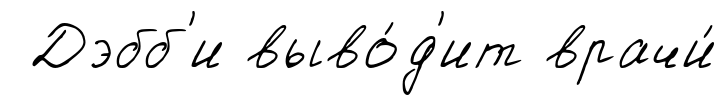
Дэбб'и выво́д'ит врачи́